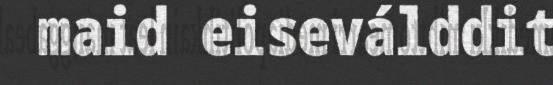
maid eiseválddit